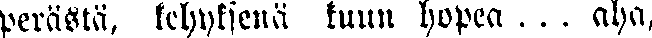
perästä, kehyksenä kuun hopea ... aha,